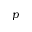
p